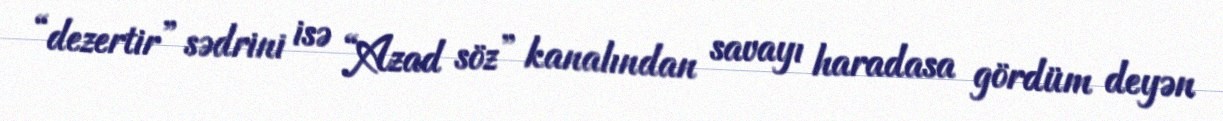
“dezertir” sədrini isə “Azad söz” kanalından savayı haradasa gördüm deyən